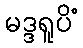
မဒ္ဒရူပိံ